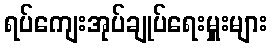
ရပ်ကျေးအုပ်ချုပ်ရေးမှူးများ